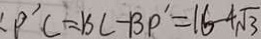
P ^ { \prime } C = B C - B P ^ { \prime } = 1 6 - 4 \sqrt { 3 }